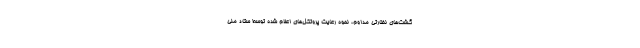
گشت‌های نظارتی مداوم، نحوه رعایت پروتکل‌های اعلام شده توسط ستاد ملی